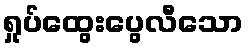
ရှုပ်ထွေးပွေလီသော